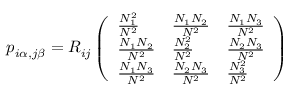
p _ { i \alpha , j \beta } = R _ { i j } \left( \begin{array} { l l l } { \frac { N _ { 1 } ^ { 2 } } { N ^ { 2 } } } & { \frac { N _ { 1 } N _ { 2 } } { N ^ { 2 } } } & { \frac { N _ { 1 } N _ { 3 } } { N ^ { 2 } } } \\ { \frac { N _ { 1 } N _ { 2 } } { N ^ { 2 } } } & { \frac { N _ { 2 } ^ { 2 } } { N ^ { 2 } } } & { \frac { N _ { 2 } N _ { 3 } } { N ^ { 2 } } } \\ { \frac { N _ { 1 } N _ { 3 } } { N ^ { 2 } } } & { \frac { N _ { 2 } N _ { 3 } } { N ^ { 2 } } } & { \frac { N _ { 3 } ^ { 2 } } { N ^ { 2 } } } \end{array} \right)